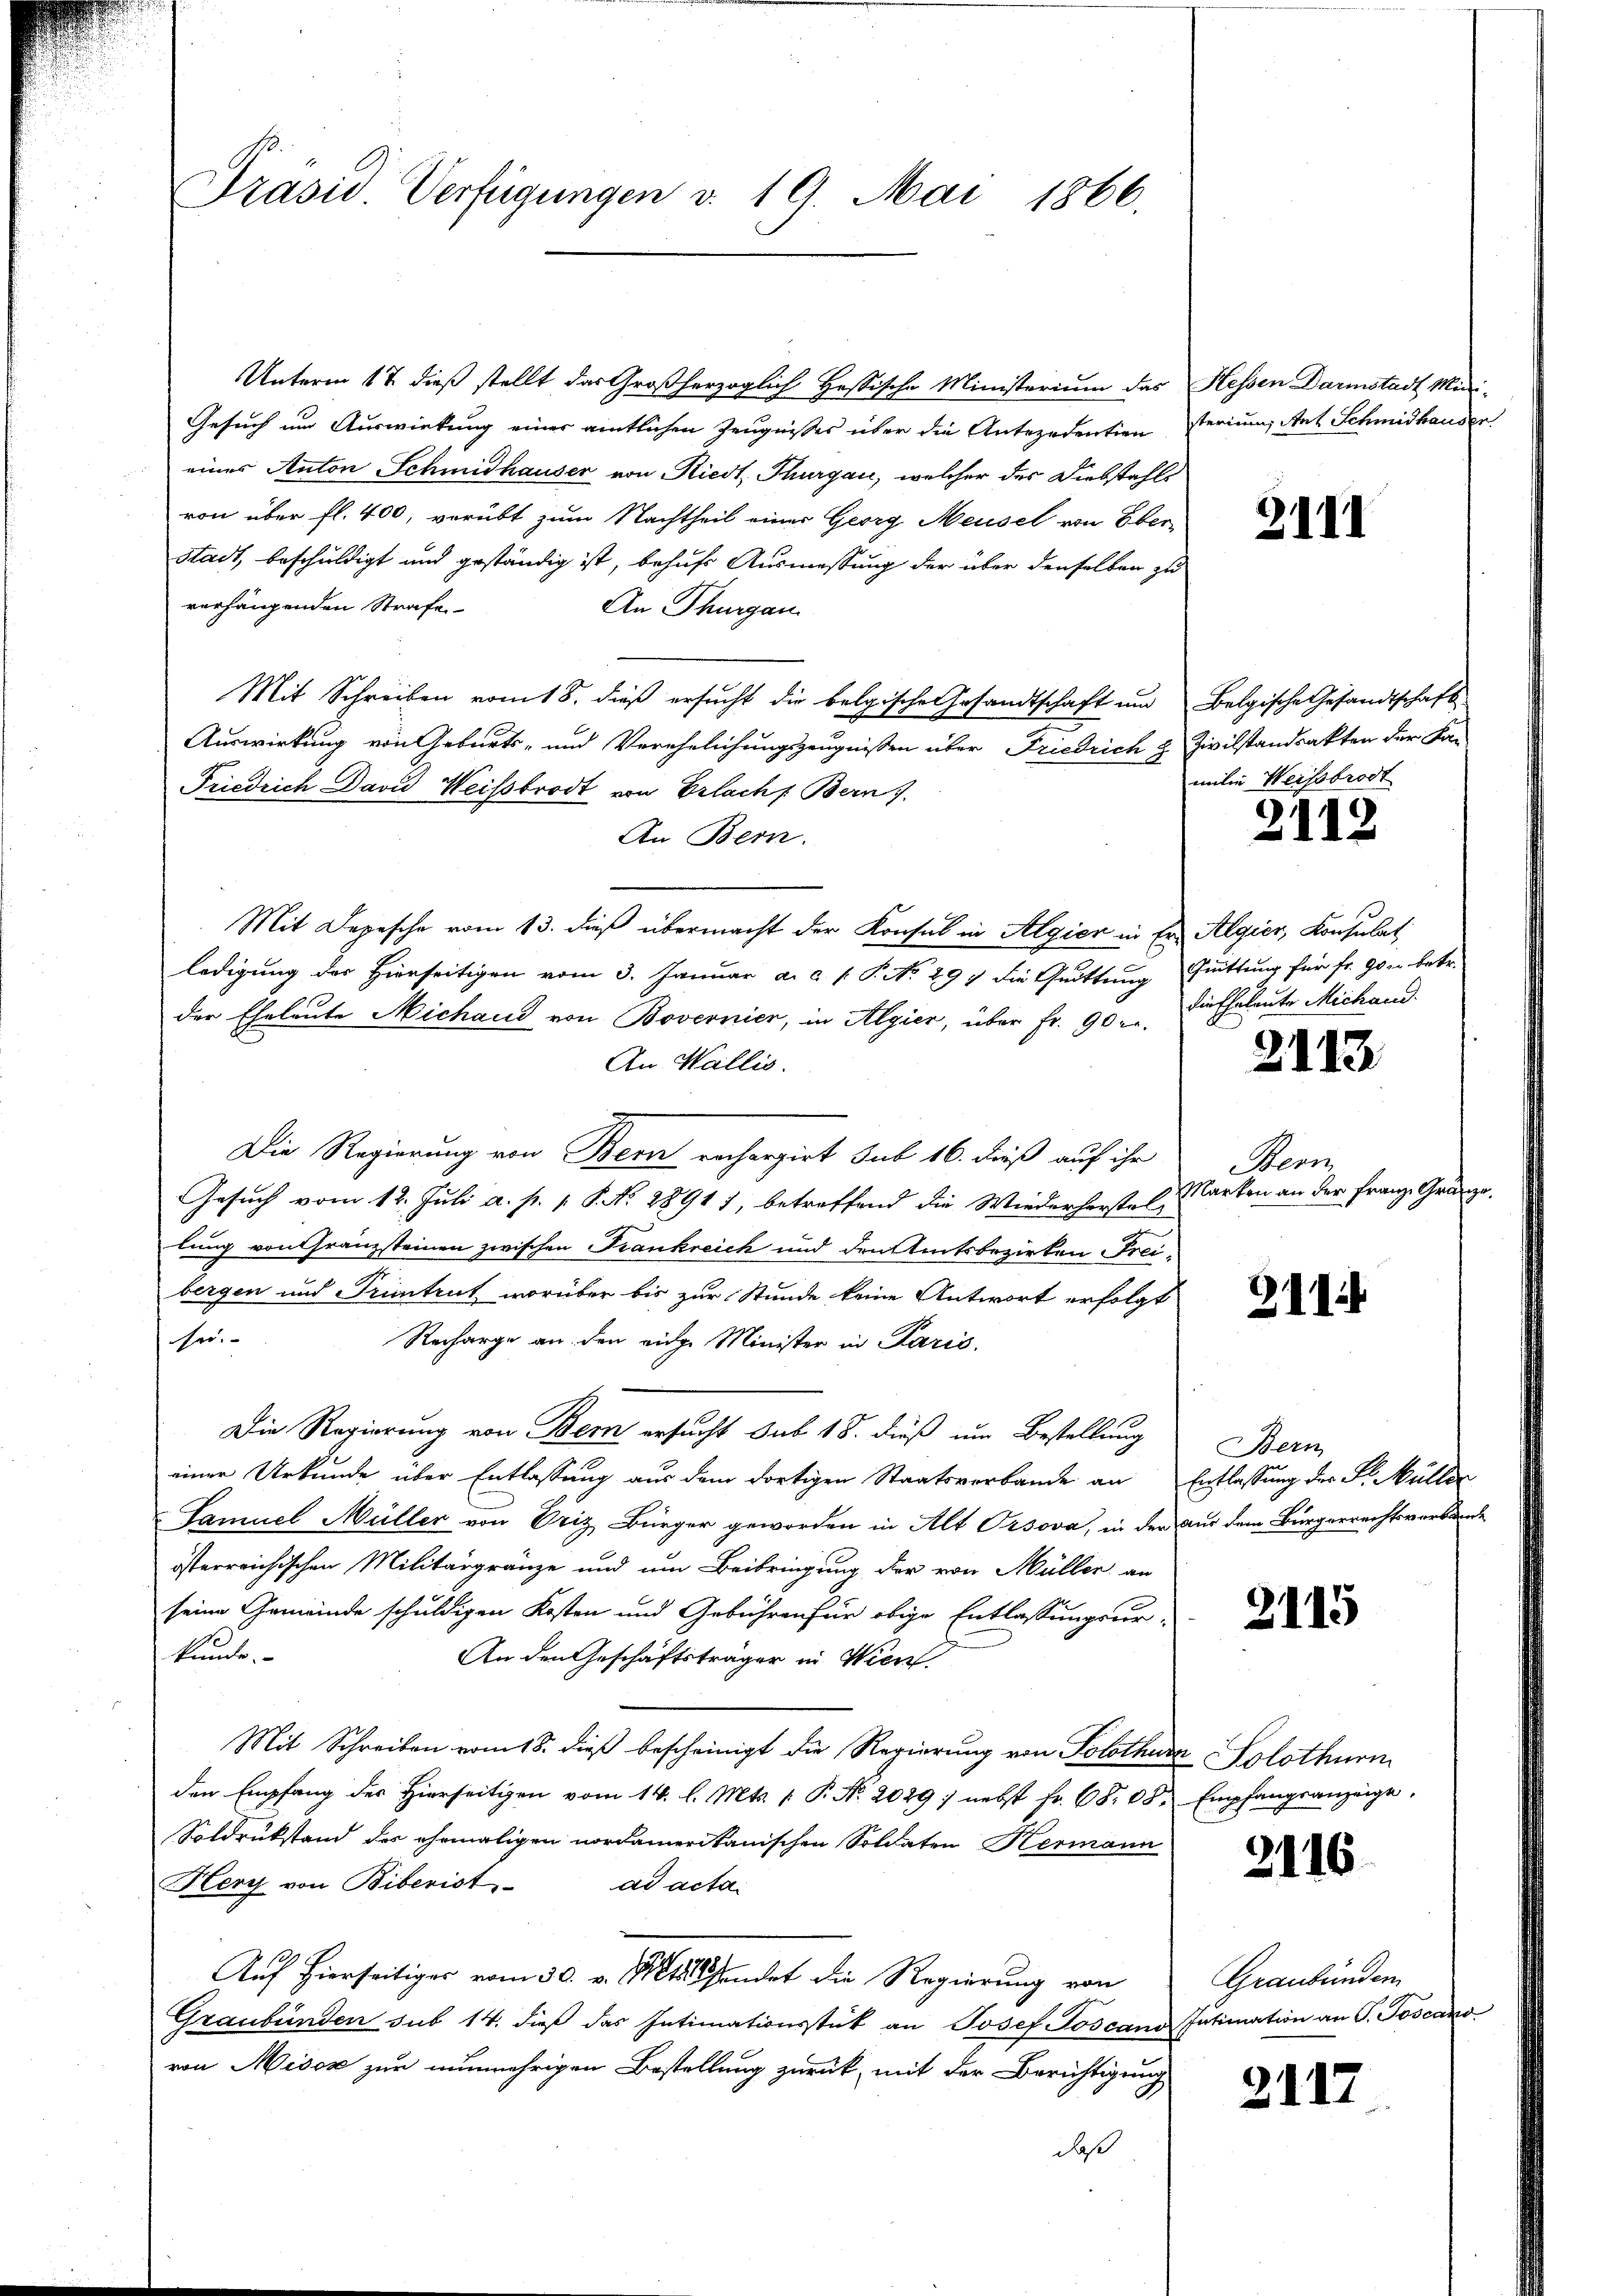
Präsid. Verfügungen v. 19. Mai 1866.

Unterm 17. dieß stellt das Großherzoglich Hassische Ministerium das Hessen Darmstadt Mini-
Gesuch um Auswirkung einer amtlichen Zeugnisses über die Antezedention sterium, Art Schmidhauser
eines Anton Schmidhauser von Riedt, Thurgau, welcher des Diebstahls
von über fl. 400, verübt zum Nachtheil einer Georg Heusel von Eberistadt, beschuldigt und geständig ist, behufs Ausmessung der über denselben zu
verhängenden Strafe
An Thurgau
Mit Schreiben vom 18. dieß ersucht die belgische Gesandtschaft und Belgische Gesandtschaft
Auswirkung von Geburts- und Verehelichungszeugnissen über Friedrich & Zivilstandsakten der Fa¬
Friedrich David Weisbrodt von Erlach Bern).
An Bern.
Mit Depesche vom 13. dieβ übermacht der Konsul in Algier in Er Algier, Konsulat
ledigung der Hierseitigen vom 3. Januar a. c. l. P. No 294 die Quittung hüttung für fr. 90 u. betr.
der Eheleute Michaud von Bovernier, in Algier, über fr. 90. Die Eheleute Michand
An Wallis.
Die Regierung von Bern rechargirt sub 16. dieß auf ihr
Gesuch vom 12. Juli a. p. 1. P. No. 1891 7, betreffend die Wiederherstellung von Franzsteinen zwischen Frankreich und den Amtsbezirken Freibergen und Pruntrut worüber bis zur Stunde keine Antwort erfolgt
ser.
Recharge an den eige Minister in Paris,
Die Regierung von Bern ersucht sub 18. dieß um Bestellung
einer Urkunde über Entlassŭng aus dem dortigen Staatsverbande an Entlassŭng der S. Müller
Samuel Müller von Eriz Bürger geworden in Alt Orsova, in der Aus dem Bürgerrechtsverbunde
österreichischen Militärgränze und um Beibringung der von Müller an
seine Gemeinde schuldigen Kosten und Gebühren für obige Entlassungsurkunde.
An den Geschäftsträger in Wien.
Mit Schreiben vom 18. dieß bescheinigt die Regierung von Solothur Solothurn
den Empfang des hierseitigen vom 14. l. Mts. 1 P. No. 2029; nebst fr. 68. 68. Empfangsanzeige.
Soldrükstand des ehemaligen nordameritanischen Soldaten Hermann
Hery von Biberist
ad acta.
Auf hierseitiger vom 30. v. Mts. sendet die Regierung von
Graubünden sub 14. dieß das Intimationsstük an Josef Toscano Intimation an P. Joscano
von Misox zur nunmehrigen Bestellung zurück, mit der Berichtigung
daß

3111

milie Weissbrodt

2112

2112

Bern
Marken an der Franz Gränze

3114

Bern

2115

2116.

Graubünden

2117